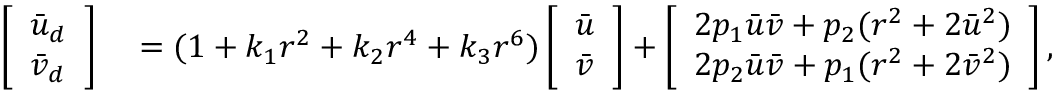
\begin{array} { r l } { \left[ \begin{array} { l } { \bar { u } _ { d } } \\ { \bar { v } _ { d } } \end{array} \right] } & { { } = ( 1 + k _ { 1 } r ^ { 2 } + k _ { 2 } r ^ { 4 } + k _ { 3 } r ^ { 6 } ) \left[ \begin{array} { l } { \bar { u } } \\ { \bar { v } } \end{array} \right] + \left[ \begin{array} { l } { 2 p _ { 1 } \bar { u } \bar { v } + p _ { 2 } ( r ^ { 2 } + 2 \bar { u } ^ { 2 } ) } \\ { 2 p _ { 2 } \bar { u } \bar { v } + p _ { 1 } ( r ^ { 2 } + 2 \bar { v } ^ { 2 } ) } \end{array} \right] , } \end{array}